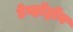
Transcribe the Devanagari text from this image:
टेव्हॉट्रॉन